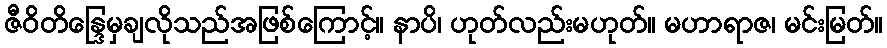
ဇီဝိတိန္ဒြေမှချလိုသည်အဖြစ်ကြောင့်။ နာပိ၊ ဟုတ်လည်းမဟုတ်။ မဟာရာဇ၊ မင်းမြတ်။